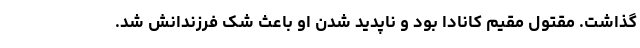
گذاشت. مقتول مقیم کانادا بود و ناپدید شدن او باعث شک فرزندانش شد.